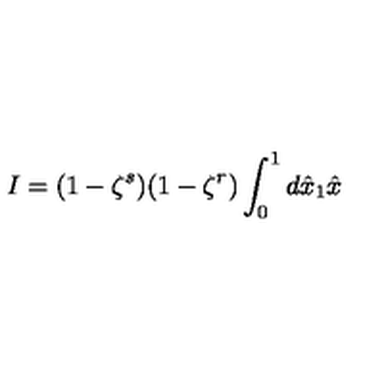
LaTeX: I = ( 1 - \zeta ^ { s } ) ( 1 - \zeta ^ { r } ) \int _ { 0 } ^ { 1 } d \hat { x } _ { 1 } \hat { x }